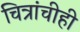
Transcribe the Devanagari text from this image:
चित्रांचीही